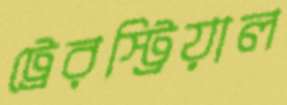
ট্রেরস্ট্রিয়াল